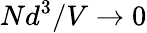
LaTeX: Nd^{3}/V\to 0